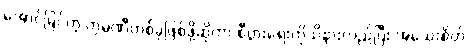
အောင်မြင်တဲ့ ကုမ္ပဏီတစ်ခုဖြစ်ဖို့ဆိုတာ စီပွားရေးကိုသိနားလည်ပြီး အသေးစိတ်